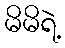
မိမိရဲ့